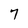
Character: 7